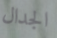
الجدال